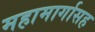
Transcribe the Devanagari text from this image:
महामार्गासह